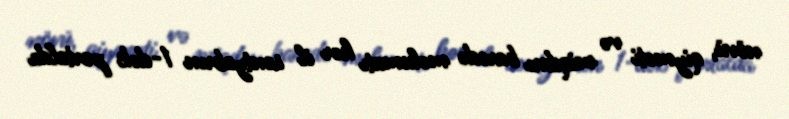
növü, qiyməti və miqdarı barədə məlumatı hər il sentyabrın 1-dək portalda